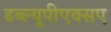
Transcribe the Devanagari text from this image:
डब्ल्यूपीएक्सए